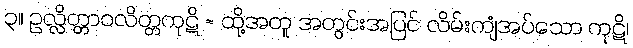
၃။ ဥလ္လိတ္တာဝလိတ္တကုဋိ = ထို့အတူ အတွင်းအပြင် လိမ်းကျံအပ်သော ကုဋိ၊